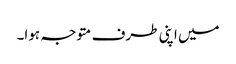
میں اپنی طرف متوجہ ہوا۔